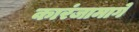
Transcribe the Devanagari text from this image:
कारंजामार्गे